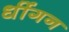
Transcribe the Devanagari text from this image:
धींगन